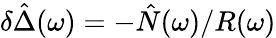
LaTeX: \delta\hat{\Delta}(\omega)=-\hat{N}(\omega)/R(\omega)